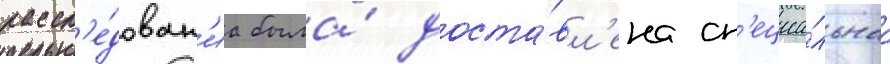
рассл'е́дован'иа была́ доста́вл'ена сп'ециа́льнаа